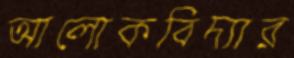
আলোকবিদ্যার